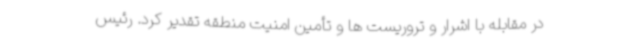
در مقابله با اشرار و تروریست ها و تأمین امنیت منطقه تقدیر کرد. رئیس